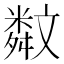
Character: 𣁣